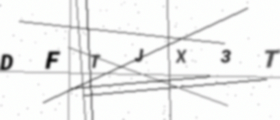
Text: DFTJX3T